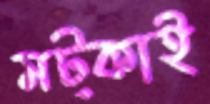
মট্‌কাই